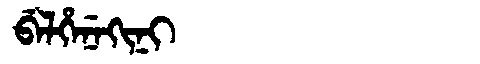
Manchu: ᠪᡝᠯᡥᡝᠨᡝᡴᡳᠨᡳ
Romanization: BELHENEKINI